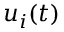
u _ { i } ( t )